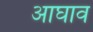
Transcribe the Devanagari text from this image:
आघाव